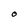
Character: O